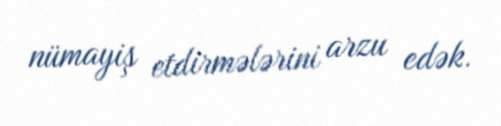
nümayiş etdirmələrini arzu edək.